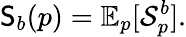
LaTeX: \mathsf{S}_{b}(p)=\mathbb{E}_{p}[\mathcal{S}_{p}^{b}].